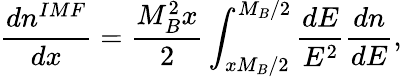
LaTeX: \frac{dn^{IMF}}{dx}=\frac{M_{B}^{2}x}{2}\int_{xM_{B}/2}^{M_{B}/2}\frac{dE}{E^{2}}\frac{dn}{dE},